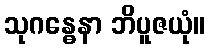
သုဂန္ဓေနာ ဘိပူဇယုံ။